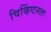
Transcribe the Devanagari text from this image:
चिव्हिंग्टनला